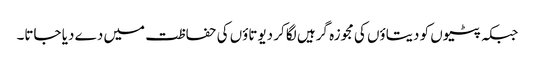
جبکہ پٹیوں کو دیتاؤں کی مجوزہ گرہیں لگا کر دیوتاؤں کی حفاظت میں دے دیا جاتا۔